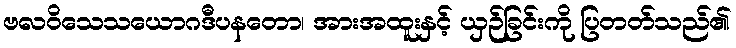
ဗလဝိသေသယောဂဒီပနတော၊ အားအထူးနှင့် ယှဉ်ခြင်းကို ပြတတ်သည်၏